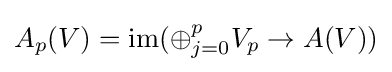
A_{p}(V)=\operatorname {im} (\oplus _{j=0}^{p}V_{p}\to A(V))